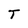
Character: T